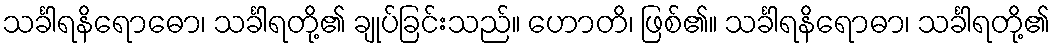
သင်္ခါရနိရောဓော၊ သင်္ခါရတို့၏ ချုပ်ခြင်းသည်။ ဟောတိ၊ ဖြစ်၏။ သင်္ခါရနိရောဓာ၊ သင်္ခါရတို့၏